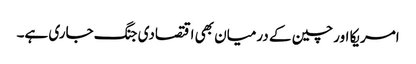
امریکا اور چین کے درمیان بھی اقتصادی جنگ جاری ہے۔